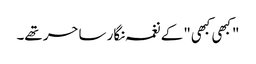
"کبھی کبھی" کے نغمہ نگار ساحر تھے۔